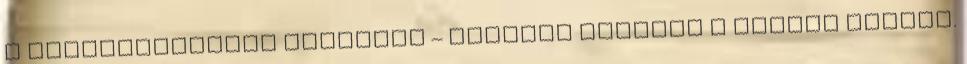
a városmarketing büdzséje – példája mutatja a helyes irányt.